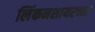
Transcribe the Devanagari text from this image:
लिंकनशायरच्या